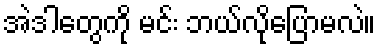
အဲဒါတွေကို မင်း ဘယ်လိုပြောမလဲ။